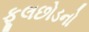
ફૂલછોડનો